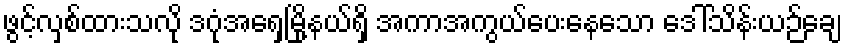
ဖွင့်လှစ်ထားသလို ဒဂုံအရှေ့မြို့နယ်ရှိ အကာအကွယ်ပေးနေသော ဒေါ်သိန်းယဉ်ချေ